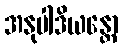
အနုပါဒိယန္တော